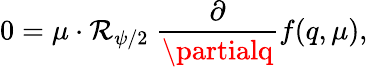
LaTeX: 0=\mu\cdot\mathcal{R}_{\psi/2}\ {\frac{{\partial}}{{\partialq}}}f(q,\mu),